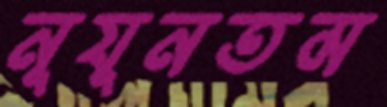
নূযূনতম